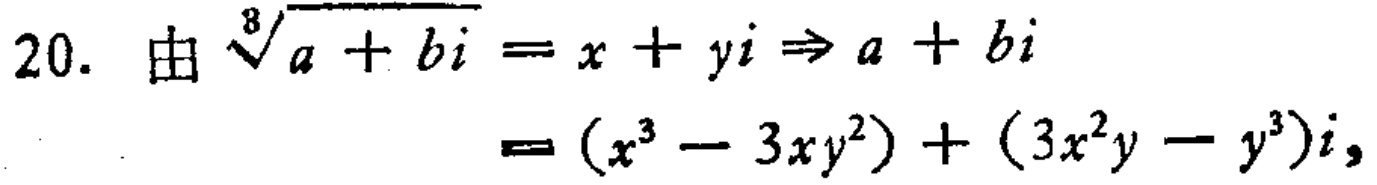
\[

\begin{align*}

\text{20. 由 }\sqrt[8]{a + bi}=x + yi&\Rightarrow a + bi\\

&=(x^{3}-3xy^{2})+(3x^{2}y - y^{3})i,

\end{align*}

\]